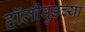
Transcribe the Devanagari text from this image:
हॉलीवुडच्या